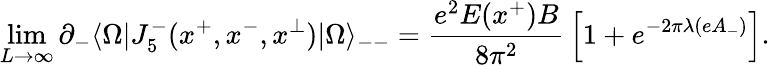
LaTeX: \operatorname*{lim}_{L\rightarrow\infty}\partial_{-}\langle\Omega|J_{5}^{-}(x^{+},x^{-},x^{\perp})|\Omega\rangle_{--}={\frac{e^{2}E(x^{+})B}{8\pi^{2}}}\left[1+e^{-2\pi\lambda(eA_{-})}\right].